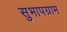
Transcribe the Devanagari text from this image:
सुभापग्राम